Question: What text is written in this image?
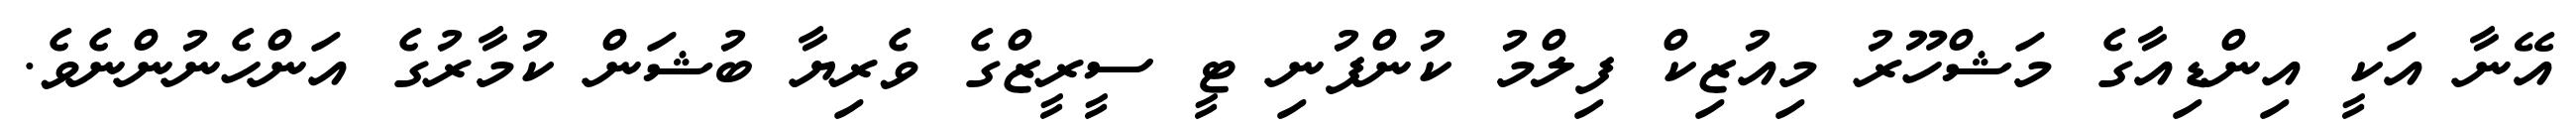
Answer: އޭނާ އަކީ އިންޑިއާގެ މަޝްހޫރު މިއުޒިކް ފިލްމު ކުންފުނި ޓީ ސީރީޒްގެ ވެރިޔާ ބުޝަން ކުމާރުގެ އަންހެނުންނެވެ.